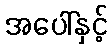
အပေါ်နှင့်